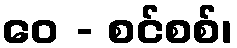
ဝေ - စင်စစ်၊